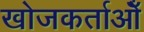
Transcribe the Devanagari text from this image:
खोजकर्ताओँ